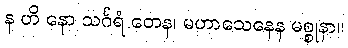
န ဟိ နော သင်္ဂရံ တေန၊ မဟာသေနေန မစ္စုနာ။